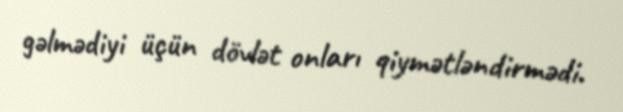
gəlmədiyi üçün dövlət onları qiymətləndirmədi.